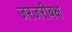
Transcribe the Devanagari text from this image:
जरजरीबक्ष